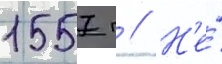
1557 г // Н'е́